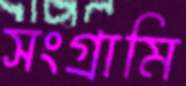
সংগ্রামি